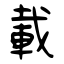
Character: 載